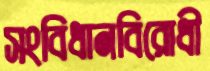
সংবিধানবিরোধী